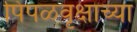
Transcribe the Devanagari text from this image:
पिंपळवृक्षाच्या